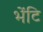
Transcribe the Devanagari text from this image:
भेंटि